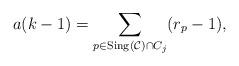
LaTeX: \begin{align*}a(k-1) = \sum_{p \in {\rm Sing}(\mathcal{C})\cap C_{j}} (r_{p}-1),\end{align*}